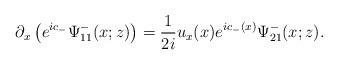
LaTeX: \begin{align*}\partial_x\left(e^{ic_-} \Psi^-_{11}(x ;z)\right)=\frac{1}{2i} u_x(x)e^{ic_-(x)} \Psi^-_{21}(x ;z).\end{align*}